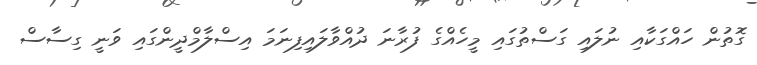
ގޮތުން ހައްގަކާއި ނުލައި ގަސްތުގައި މީހެއްގެ ފުރާނަ ދުއްވާލައިފިނަމަ އިސްލާމްދީންގައި ވަނީ ގިސާސް